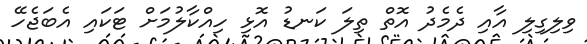
ވިލިގިލި އާއި ދެމެދު އޮތް ތިލަ ކަނޑު އޮޅި ހިއްކާލުމަށް ޓަކައި އެބަޖެހޭ